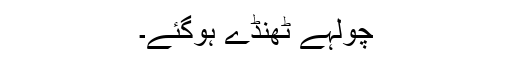
چولہے ٹھنڈے ہوگئے۔